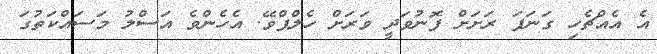
އެ އެއްޗެހި ގަނަފަ ރަށަށް ފޮނުވަދީ ވަރަށް ހެލްޕްވޭ. އެހެންވެ އަސްލު މަސައްކަތުގަ